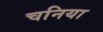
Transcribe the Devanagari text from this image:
चनिया